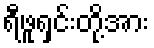
ရီဖူရှင်းတို့အား